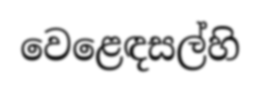
වෙළෙඳසල්හි